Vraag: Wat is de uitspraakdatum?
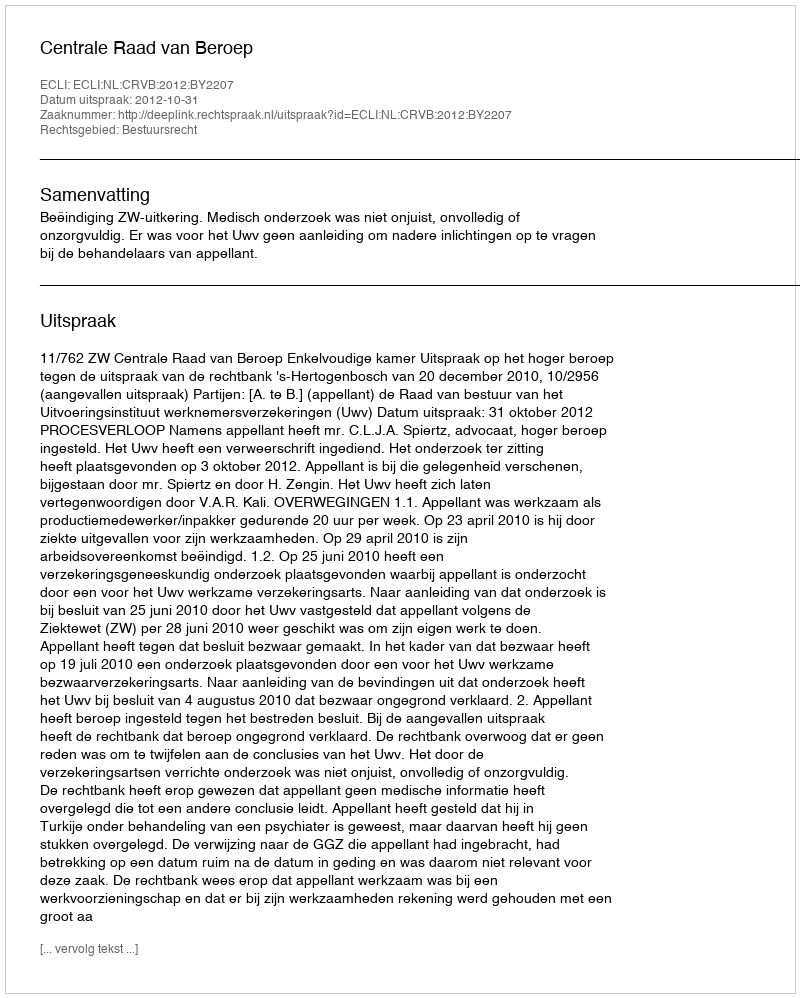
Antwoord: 2012-10-31